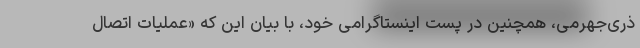
ذری‌جهرمی، همچنین در پست اینستاگرامی خود، با بیان این که «عملیات اتصال